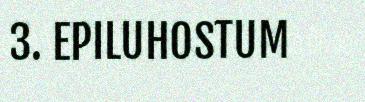
3. EPILUHOSTUM